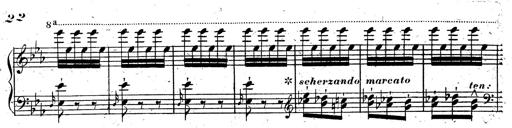
Title: Rondeau fantastique sur un thÃ¨me espagnol
Composer: Franz Liszt